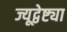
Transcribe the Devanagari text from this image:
ज्यूद्वेष्ट्या